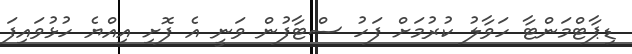
ޑިޕާޓްމަންޓާ ހަވާލު ކުރުމަށް ފަހު ސްޓާފުން ވަނީ އެ ފޮށި އިއްޔެ ހުޅުވައިފަ